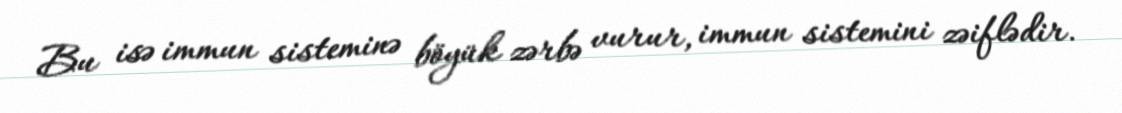
Bu isə immun sisteminə böyük zərbə vurur, immun sistemini zəiflədir.